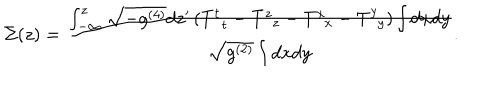
\Sigma ( z ) = \frac { \int _ { - \infty } ^ { z } \sqrt { - g ^ { ( 4 ) } } d z ^ { \prime } \left( T _ { \; \; t } ^ { t } - T _ { \; \; z } ^ { z } - T _ { \; \; x } ^ { x } - T _ { \; \; y } ^ { y } \right) \int d x d y } { \sqrt { g ^ { ( 2 ) } } \int d x d y } .